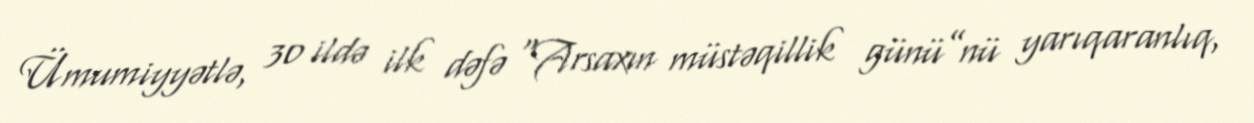
Ümumiyyətlə, 30 ildə ilk dəfə “Arsaxın müstəqillik günü”nü yarıqaranlıq,